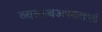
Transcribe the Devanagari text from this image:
व्यवस्थअपनाखाली